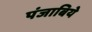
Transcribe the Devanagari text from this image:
पंजाबिये